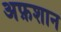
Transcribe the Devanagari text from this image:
अफ़शान